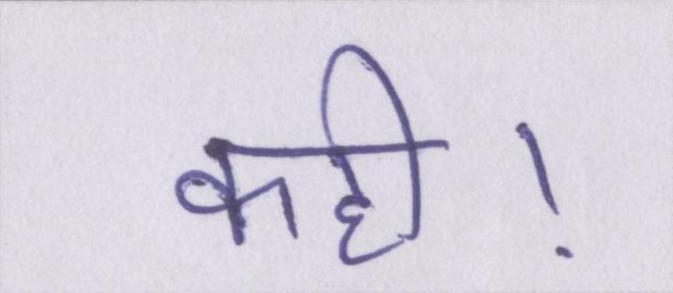
कही।